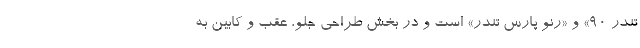
تندر ۹۰» و «رنو پارس تندر» است و در بخش طراحی جلو، عقب و کابین به